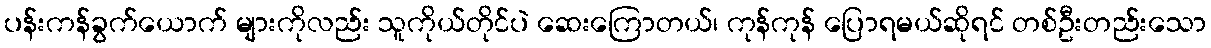
ပန်းကန်ခွက်ယောက် များကိုလည်း သူကိုယ်တိုင်ပဲ ဆေးကြောတယ်၊ ကုန်ကုန် ပြောရမယ်ဆိုရင် တစ်ဦးတည်းသော